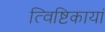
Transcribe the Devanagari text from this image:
त्विष्टिकायां